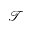
\mathcal { T }